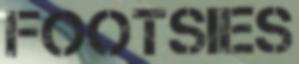
FOOTSIES